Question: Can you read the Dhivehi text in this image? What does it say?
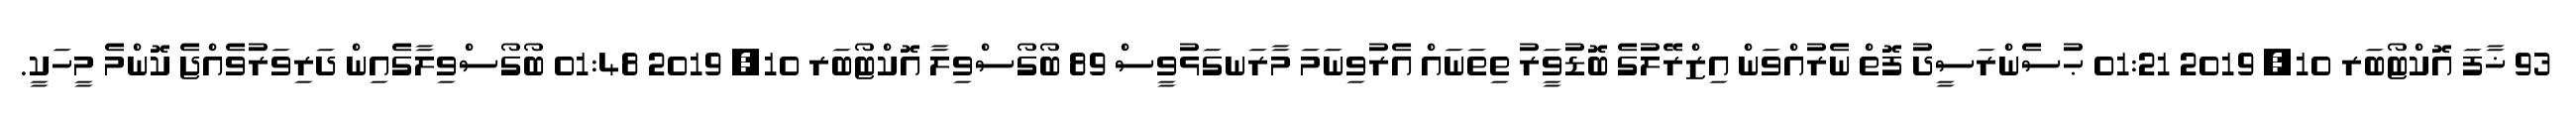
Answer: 93 ޚާފަ އޮކްޓޯބަރ 10, 2019 01:21 ޙުސެންރަސީދު ފޮތް ނެރުއްވަން އިޒްރޭލުގެ ބޮޑުވަީރު ތިތަނައް އެރުވިނަމަ މާރަނގަޅުވީސް 89 ބޯގޯސްވިލާ އޮކްޓޯބަރ 10, 2019 01:48 ބޯގޯސްވިލާގެއިން ދަރިވަރުވެއްޖެ ކޮންމެ މީހަކީ.